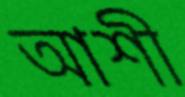
আশী